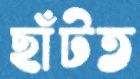
ছাঁটত